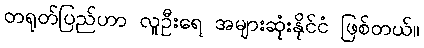
တရုတ်ပြည်ဟာ လူဦးရေ အများဆုံးနိုင်ငံ ဖြစ်တယ်။